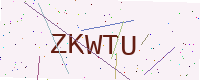
Text: ZKWTU